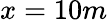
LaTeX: x=10m